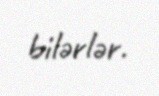
bilərlər.